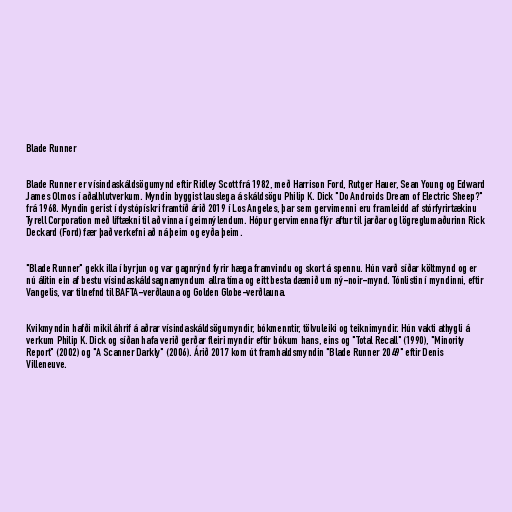
Blade Runner

Blade Runner er vísindaskáldsögumynd eftir Ridley Scott frá 1982, með Harrison Ford, Rutger Hauer, Sean Young og Edward
James Olmos í aðalhlutverkum. Myndin byggist lauslega á skáldsögu Philip K. Dick "Do Androids Dream of Electric Sheep?"
frá 1968. Myndin gerist í dystópískri framtíð árið 2019 í Los Angeles, þar sem gervimenni eru framleidd af stórfyrirtækinu
Tyrell Corporation með líftækni til að vinna í geimnýlendum. Hópur gervimenna flýr aftur til jarðar og lögreglumaðurinn Rick
Deckard (Ford) fær það verkefni að ná þeim og eyða þeim.

"Blade Runner" gekk illa í byrjun og var gagnrýnd fyrir hæga framvindu og skort á spennu. Hún varð síðar költmynd og er
nú álitin ein af bestu vísindaskáldsagnamyndum allra tíma og eitt besta dæmið um ný-noir-mynd. Tónlistin í myndinni, eftir
Vangelis, var tilnefnd til BAFTA-verðlauna og Golden Globe-verðlauna.

Kvikmyndin hafði mikil áhrif á aðrar vísindaskáldsögumyndir, bókmenntir, tölvuleiki og teiknimyndir. Hún vakti athygli á
verkum Philip K. Dick og síðan hafa verið gerðar fleiri myndir eftir bókum hans, eins og "Total Recall" (1990), "Minority
Report" (2002) og "A Scanner Darkly" (2006). Árið 2017 kom út framhaldsmyndin "Blade Runner 2049" eftir Denis
Villeneuve.